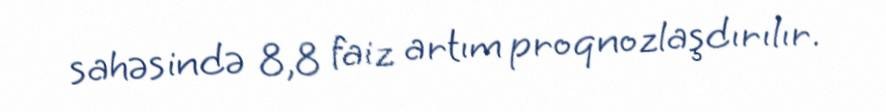
sahəsində 8,8 faiz artım proqnozlaşdırılır.